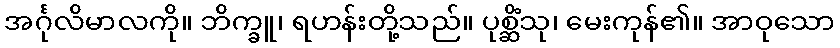
အင်္ဂုလိမာလကို။ ဘိက္ခူ၊ ရဟန်းတို့သည်။ ပုစ္ဆိံသု၊ မေးကုန်၏။ အာဝုသော